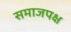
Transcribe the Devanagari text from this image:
समाजपक्ष